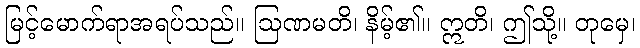
မြင့်မောက်ရာအရပ်သည်။ ဩဏမတိ၊ နိမ့်၏။ ဣတိ၊ ဤသို့။ တုမှေ၊